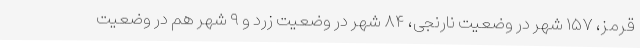
قرمز، ۱۵۷ شهر در وضعیت نارنجی، ۸۴ شهر در وضعیت زرد و ۹ شهر هم در وضعیت